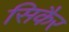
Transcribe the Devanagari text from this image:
सिकैर